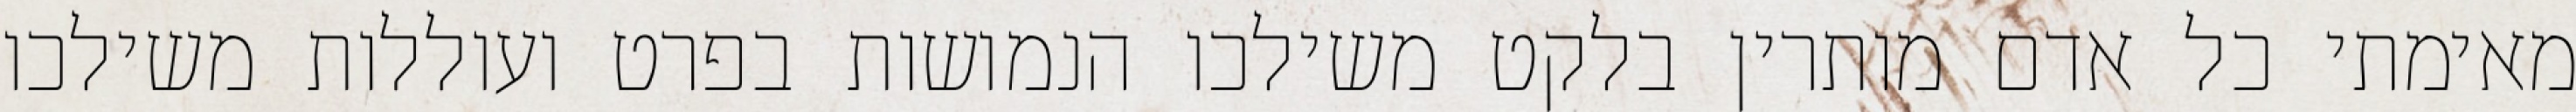
מאימתי כל אדם מותרין בלקט משילכו הנמושות בפרט ועוללות משילכו